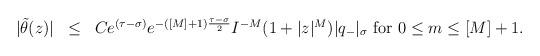
LaTeX: \begin{align*}\begin{array}{lll}|\tilde \theta(z)| &\leq & Ce^{(\tau-\sigma)}e^{-([M]+1)\frac{\tau-\sigma}{2}}I^{-M}(1+|z|^M) |q_-|_{\sigma}\mbox{ for }0\leq m\leq [M]+1.\end{array}\end{align*}